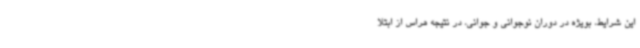
این شرایط، بویژه در دوران نوجوانی و جوانی، در نتیجه هراس از ابتلا